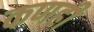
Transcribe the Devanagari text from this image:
कणही